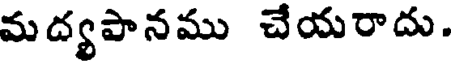
మద్యపానము చేయరాదు.